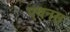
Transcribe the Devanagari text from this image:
एथनस